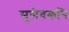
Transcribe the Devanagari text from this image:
सुसेवकनि